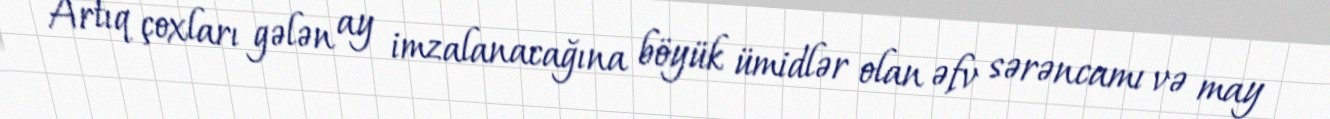
Artıq çoxları gələn ay imzalanacağına böyük ümidlər olan əfv sərəncamı və may